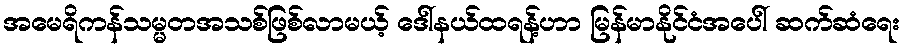
အမေရိကန်သမ္မတအသစ်ဖြစ်လာမယ့် ဒေါ်နယ်ထရန့်ဟာ မြန်မာနိုင်ငံအပေါ် ဆက်ဆံရေး